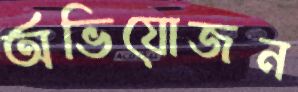
অভিযোজন